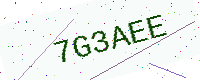
Text: 7G3AEE